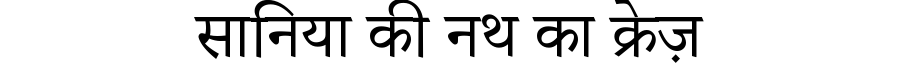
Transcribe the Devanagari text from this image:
सानिया की नथ का क्रेज़